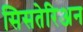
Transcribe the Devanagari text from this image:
सिसतेरिअन